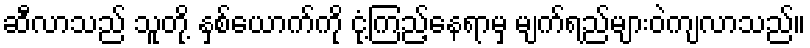
ဆီလာသည် သူတို့ နှစ်ယောက်ကို ငုံ့ကြည့်နေရာမှ မျက်ရည်များဝဲကျလာသည်။